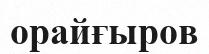
орайғыров